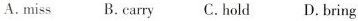
A.miss B. carry C. hold D. bring